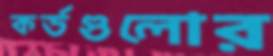
কর্ডগুলোর